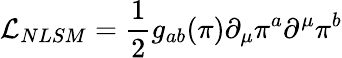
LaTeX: {\cal L}_{NLSM}=\frac{1}{2}g_{ab}(\pi)\partial_{\mu}\pi^{a}\partial^{\mu}\pi^{b}